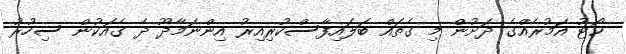
ކޯޓު އަމުރެއްގެ ދަށުން މި ގެތައް ބަލައިފާސްކުރިއިރު އިންނަމާދޫ ދެ ގެއަކުން ސިހުރު